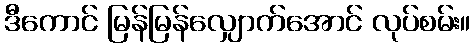
ဒီကောင် မြန်မြန်လျှောက်အောင် လုပ်စမ်း။